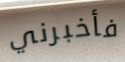
فأخبرني